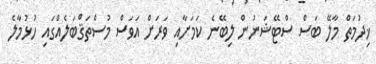
ޚިދުމަތް މާލޭ ބަސް ސްޓޭޝަނުން ލިބޭނެ ކަމަށާއި ވަރަށް އަވަސް މުސްތަޤްބަލެއްގައި ހުޅުމާލެ